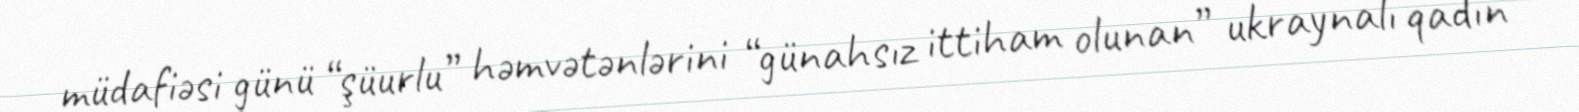
müdafiəsi günü “şüurlu” həmvətənlərini “günahsız ittiham olunan” ukraynalı qadın